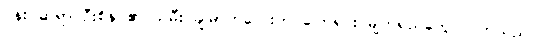
ပန်းပဲဆရာ ဦးစိန်ဝ၏ သမီး ချိုမာကလေးက ပြောရင်း မျက်ရည်တွေ ဝဲလာသည်။